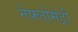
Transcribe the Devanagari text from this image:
नेफ्लोमेट्री